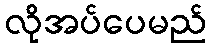
လိုအပ်ပေမည်